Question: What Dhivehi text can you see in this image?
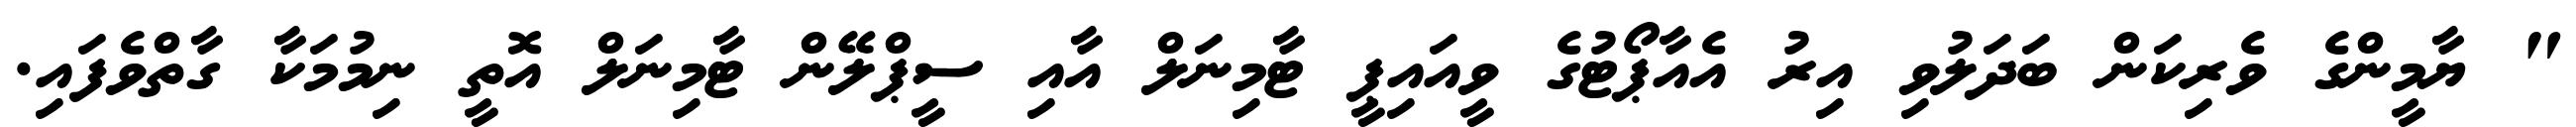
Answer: " ޔާމީންގެ ވެރިކަން ބަދަލުވި އިރު އެއާޕޯޓުގެ ވީއައިޕީ ޓާމިނަލް އާއި ސީޕްލޭން ޓާމިނަލް އޮތީ ނިމުމަކާ ގާތްވެފައި.